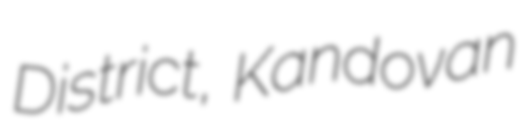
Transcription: District, Kandovan